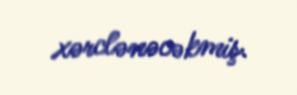
xərclənəcəkmiş.